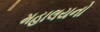
મહાલયનો